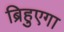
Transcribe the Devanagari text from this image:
ब्रिहुएगा